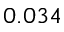
0 . 0 3 4